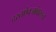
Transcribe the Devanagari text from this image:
दस्तऐवजांवरून